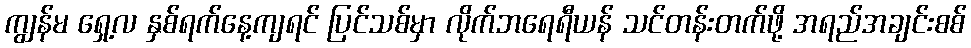
ကျွန်မ ရှေ့လ နှစ်ရက်နေ့ကျရင် ပြင်သစ်မှာ လိုက်ဘရေရီယန် သင်တန်းတက်ဖို့ အရည်အချင်းစစ်